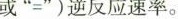
或”=”)逆反应速率。